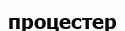
процестер